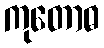
ကုတောဓ